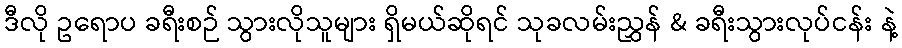
ဒီလို ဥရောပ ခရီးစဉ် သွားလိုသူများ ရှိမယ်ဆိုရင် သုခလမ်းညွှန် & ခရီးသွားလုပ်ငန်း နဲ့